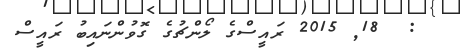
:  18